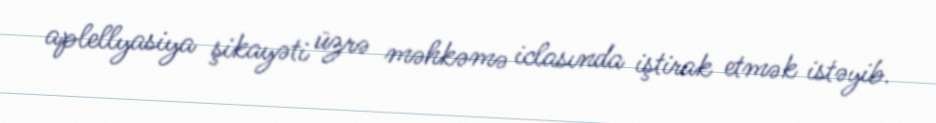
aplellyasiya şikayəti üzrə məhkəmə iclasında iştirak etmək istəyib.